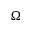
\Omega